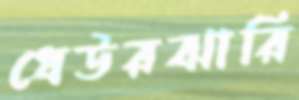
ধেউরঝারি